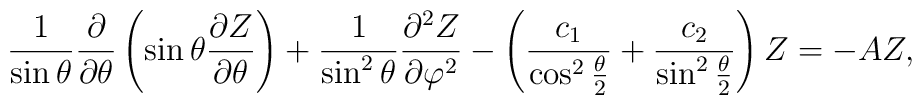
\frac{1}{\sin \theta} \frac{\partial}{\partial \theta}\left( \sin \theta \frac{\partial Z}{ \partial \theta}  \right) +\frac{1}{\sin^2 \theta} \frac{\partial^2 Z}{\partial \varphi^2} -\left( \frac{c_1}{\cos^2 \frac{\theta}{2}} +\frac{c_2}{\sin^2 \frac{\theta}{2}} \right) Z = - A Z,